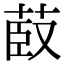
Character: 菣